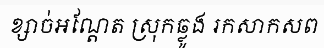
ខ្សាច់អណ្តែត ស្រុកឆ្លូង រកសាកសព